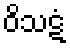
ဝိသဋံ